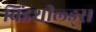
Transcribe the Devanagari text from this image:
विंडशील्ड्स